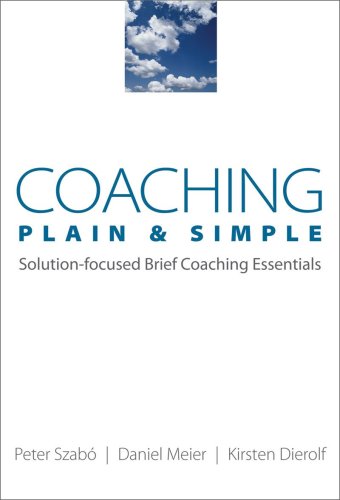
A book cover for Coaching Plain & Simple: Solution-focused Brief Coaching Essentials (Norton Professional Books); Kirsten Dierolf; Medical Books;